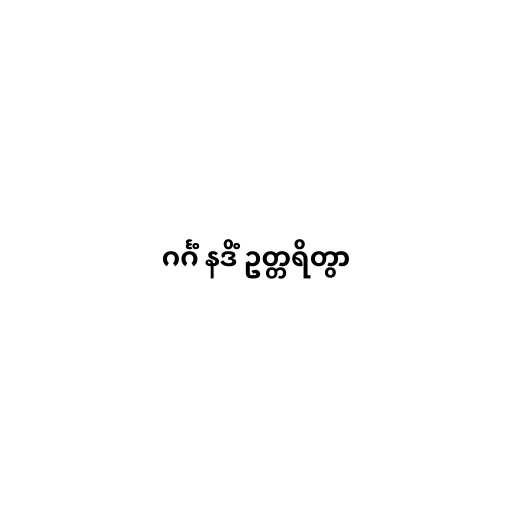
ဂင်္ဂံ နဒိံ ဥတ္တရိတွာ